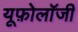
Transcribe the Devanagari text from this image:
यूफ़ोलॉजी